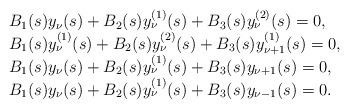
LaTeX: \begin{align*}\begin{array}{llll}&B_1(s)y_{\nu}(s)+B_2(s)y^{(1)}_{\nu}(s)+B_3(s)y^{(2)}_{\nu}(s)=0,\\&B_1(s)y^{(1)}_{\nu}(s)+B_2(s)y^{(2)}_{\nu}(s)+B_3(s)y^{(1)}_{\nu+1}(s)=0,\\&B_1(s)y_{\nu}(s)+B_2(s)y^{(1)}_{\nu}(s)+B_3(s)y_{\nu+1}(s)=0,\\&B_1(s)y_{\nu}(s)+B_2(s)y^{(1)}_{\nu}(s)+B_3(s)y_{\nu-1}(s)=0.\end{array}\end{align*}